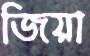
জিয়া